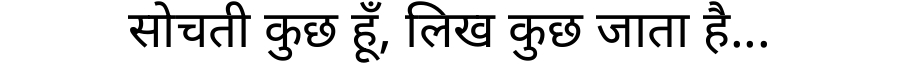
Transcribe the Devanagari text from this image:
सोचती कुछ हूँ, लिख कुछ जाता है...